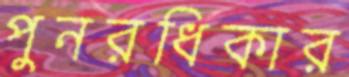
পুনরধিকার